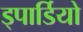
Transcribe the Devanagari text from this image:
ड्पार्डियो